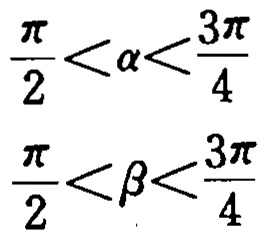
\(\frac{\pi}{2}<\alpha<\frac{3\pi}{4}\)
\(\frac{\pi}{2}<\beta<\frac{3\pi}{4}\)